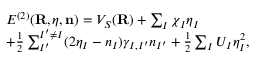
\begin{array} { r l } & { { \cal E } ^ { ( 2 ) } ( { \bf R } , { \boldsymbol \eta } , { \bf n } ) = V _ { S } ( { \bf R } ) + \sum _ { I } \chi _ { I } \eta _ { I } } \\ & { + \frac { 1 } { 2 } \sum _ { I ^ { \prime } } ^ { I ^ { \prime } \ne I } ( 2 \eta _ { I } - n _ { I } ) \gamma _ { I , I ^ { \prime } } n _ { I ^ { \prime } } + \frac { 1 } { 2 } \sum _ { I } U _ { I } \eta _ { I } ^ { 2 } , } \end{array}